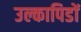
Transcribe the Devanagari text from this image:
उल्कापिडों